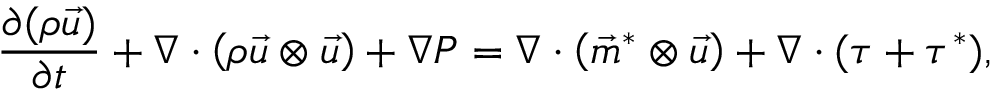
\frac { \partial ( \rho \vec { u } ) } { \partial t } + \nabla \cdot \left( \rho \vec { u } \otimes \vec { u } \right) + \nabla P = \nabla \cdot \left( \vec { m } ^ { * } \otimes \vec { u } \right) + \nabla \cdot ( \tau + \tau ^ { * } ) ,